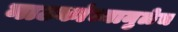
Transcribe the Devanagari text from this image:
नाटकांच्यामुळेच